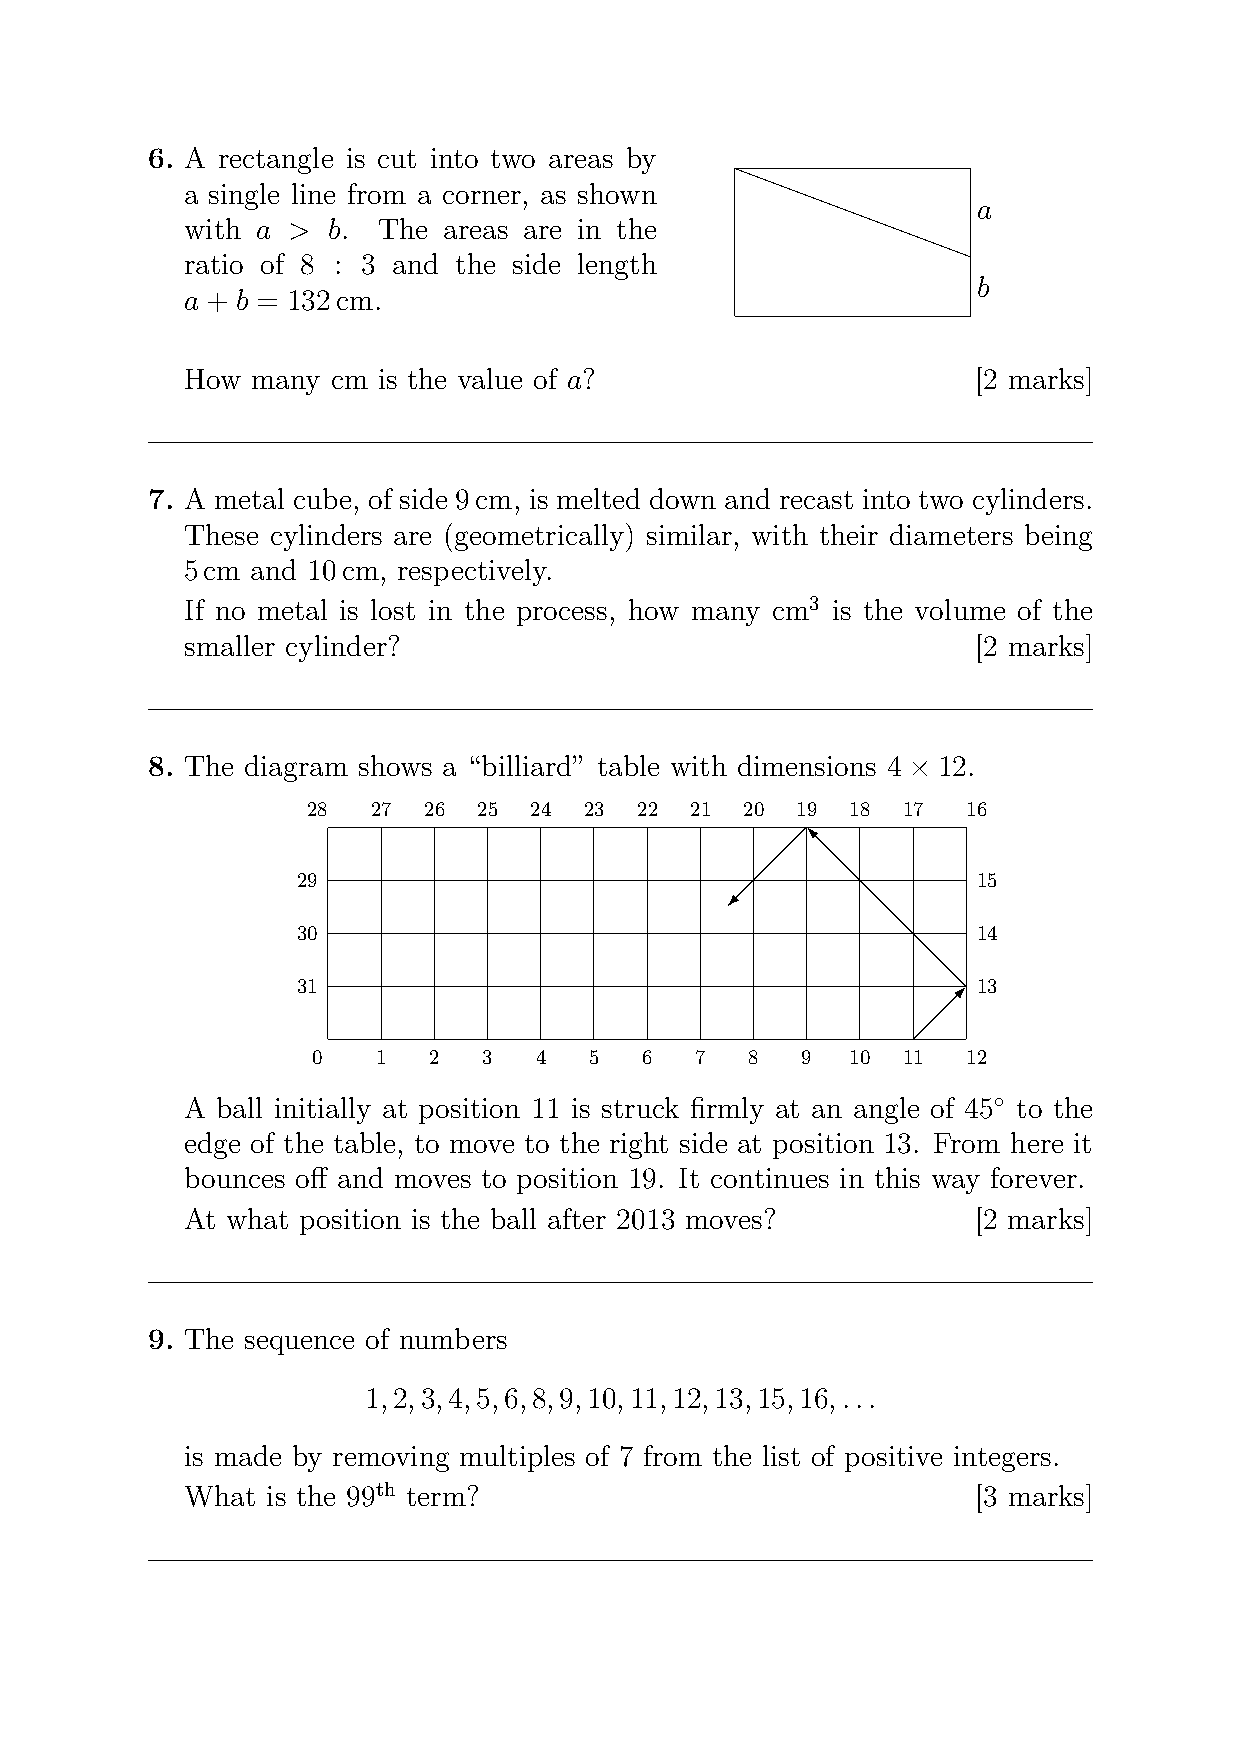
6. A rectangle is cut into two areas by
 a single line from a corner, as shown
 a
 with a >  b. The areas are in the
 ratio of 8 : 3 and the side length
 b
 a + b = 132cm.
 How  many cm is the value of a?                      [2 marks]
 7. A metal cube, of side 9cm, is melted down and recast into two cylinders.
 These cylinders are (geometrically) similar, with their diameters being
 5cm  and 10cm, respectively.
 If no metal is lost in the process, how many cm3 is the volume of the
 smaller cylinder?                                    [2 marks]
 8. The diagram shows a “billiard” table with dimensions 4 × 12.
 28   27 26  25 24  23 22  21 20  19 18  17  16
 29                                           15
 30                                           14
 31                                           13
 0   1  2   3  4   5  6   7   8  9  10  11  12
 A ball initially at position 11 is struck firmly at an angle of 45◦ to the
 edge of the table, to move to the right side at position 13. From here it
 bounces off and moves to position 19. It continues in this way forever.
 At what position is the ball after 2013 moves?       [2 marks]
 9. The sequence of numbers
 1,2,3,4,5,6,8,9,10,11,12,13,15,16,...
 is made by removing multiples of 7 from the list of positive integers.
 What  is the 99th term?                              [3 marks]